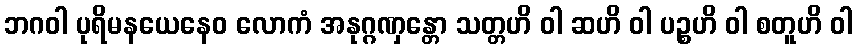
ဘဂဝါ ပုရိမနယေနေဝ လောကံ အနုဂ္ဂဏှန္တော သတ္တဟိ ဝါ ဆဟိ ဝါ ပဉ္စဟိ ဝါ စတူဟိ ဝါ